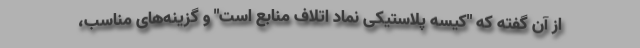
از آن گفته که "کیسه پلاستیکی نماد اتلاف منابع است" و گزینه‌های مناسب،